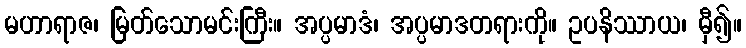
မဟာရာဇ၊ မြတ်သောမင်းကြီး။ အပ္ပမာဒံ၊ အပ္ပမာဒတရားကို။ ဥပနိဿာယ၊ မှီ၍။